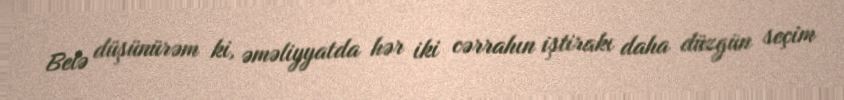
Belə düşünürəm ki, əməliyyatda hər iki cərrahın iştirakı daha düzgün seçim